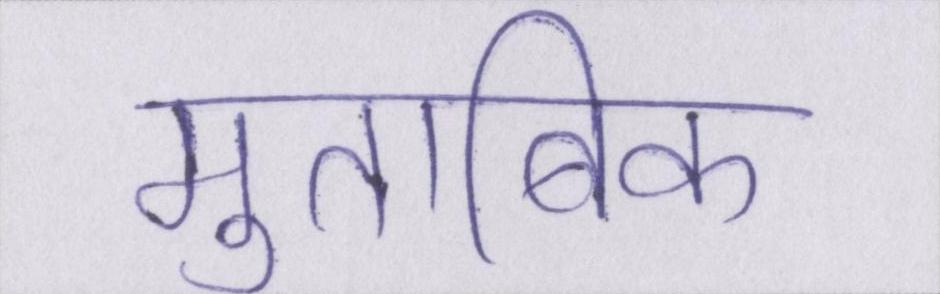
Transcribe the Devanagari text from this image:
मुताबिक